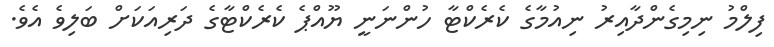
ފިލްމު ނިމިގެންދާއިރު ނިއުމާގެ ކެރެކްޓާ ހުންނަނީ ޔޫއްޕެ ކެރެކްޓާގެ ދަރިއަކަށް ބަލިވެ އެވެ.